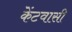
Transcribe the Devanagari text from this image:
केंटवासी